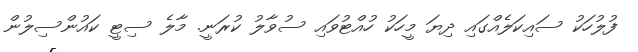
ފުލުހަކު ސައިކަލެއްގައި ދިޔަ މީހަކު ހުއްޓުވައި ސުވާލު ކުރަނީ. މާލެ ސިޓީ ކައުންސިލުން